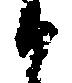
候